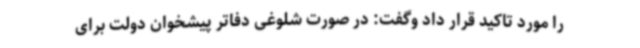
را مورد تاکید قرار داد وگفت: در صورت شلوغی دفاتر پیشخوان دولت برای